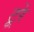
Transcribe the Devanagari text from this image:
टूरे